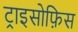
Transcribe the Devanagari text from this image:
ट्राइसोफ़िस